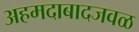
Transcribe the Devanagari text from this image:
अहमदाबादजवळ